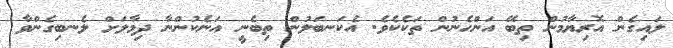
ލައިގެން އޮރިޔާމުން ތިބޭ އަންހެނުން ތަކެކެވެ. އެކަނބަލުން ތިބެނީ އަނެކުންނާ ދިމާލަށް ލެނބިގެންވާ